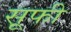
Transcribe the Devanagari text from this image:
स़ूफी